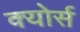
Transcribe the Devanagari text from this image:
क्योर्स